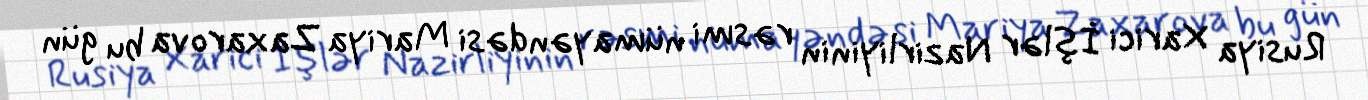
Rusiya Xarici İşlər Nazirliyinin rəsmi nümayəndəsi Mariya Zaxarova bu gün